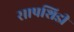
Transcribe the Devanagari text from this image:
सापशिडी